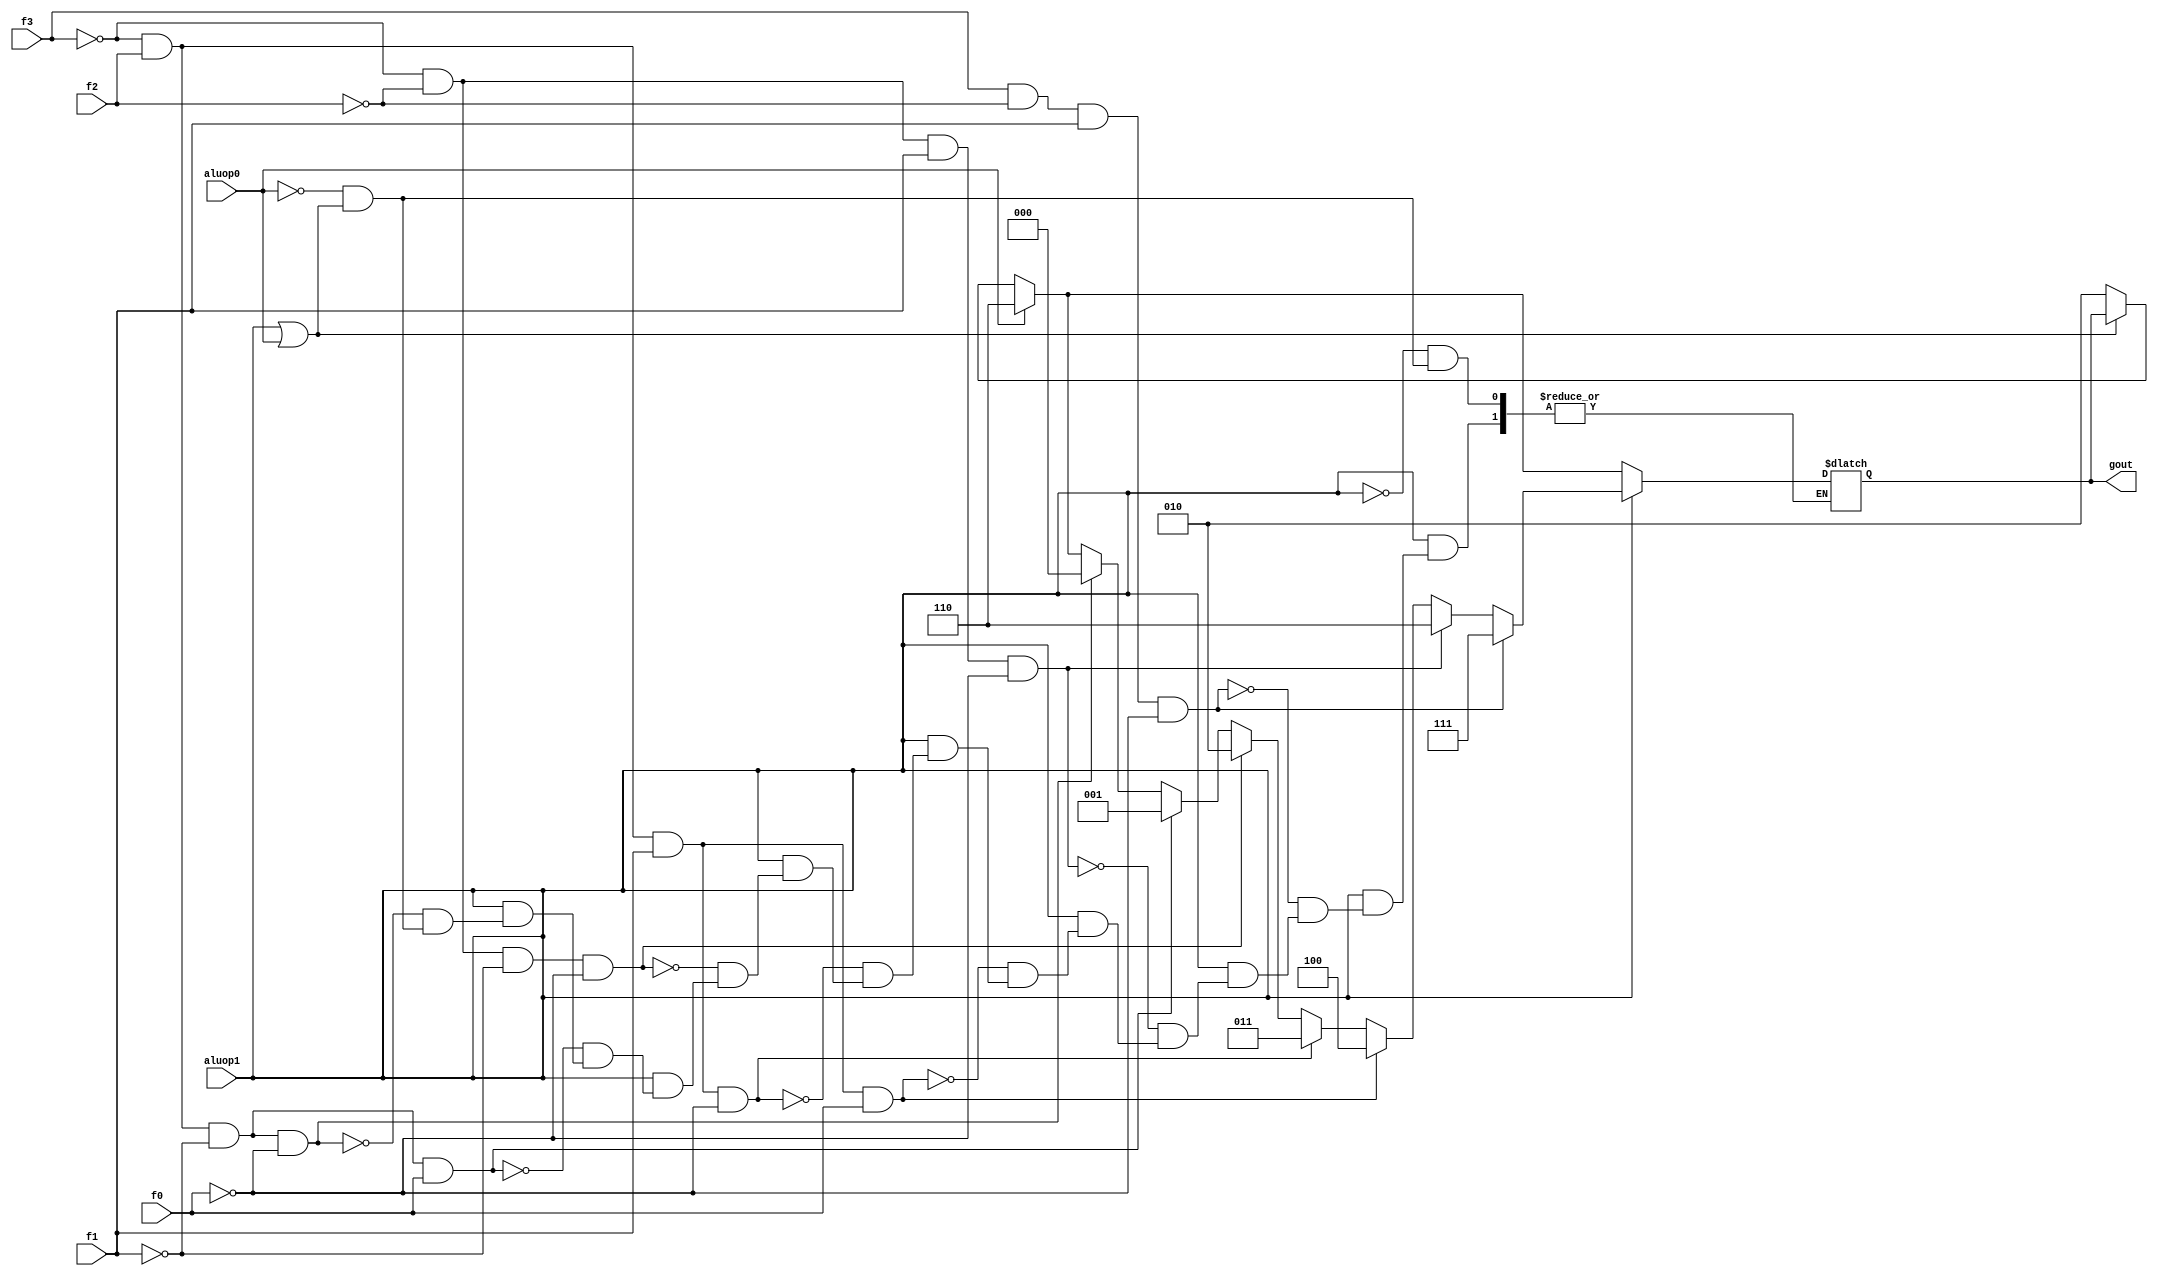
module alucont(aluop1,aluop0,f3,f2,f1,f0,gout);
input aluop1,aluop0,f3,f2,f1,f0;
output [2:0] gout;
reg [2:0] gout;

always @(aluop1 or aluop0 or f3 or f2 or f1 or f0)
begin
	if(~(aluop1|aluop0))
		gout=3'b010;
	if(aluop0)
		gout=3'b110;
	if(aluop1)
	begin
		if((~f3)&f2&(~f1)&(~f0))
			gout=3'b000;
		if((~f3)&f2&(~f1)&f0)
			gout=3'b001;
		if((~f3)&(~f2)&(~f1)&(~f0))
			gout=3'b010;
		if((~f3)&f2&f1&(~f0))
			gout=3'b011;
		if((~f3)&f2&f1&f0)
			gout=3'b100;
		if((~f3)&(~f2)&f1&(~f0))
			gout=3'b110;
		if(f3&(~f2)&f1&(~f0))
			gout=3'b111;
	end
end
endmodule